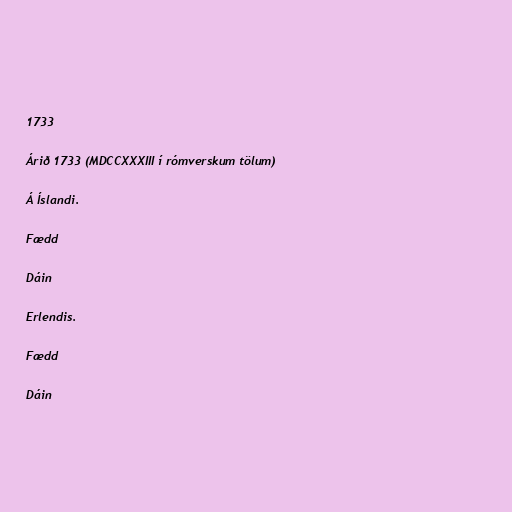
1733

Árið 1733 (MDCCXXXIII í rómverskum tölum)

Á Íslandi.

Fædd

Dáin

Erlendis.

Fædd

Dáin